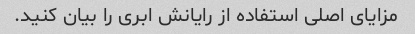
مزایای اصلی استفاده از رایانش ابری را بیان کنید.